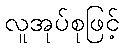
လူအုပ်စုဖြင့်